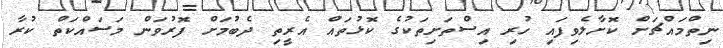
ނިތްމައްޗަށް ކޮށާލެވިފައި ހުރި އިސްތަށިތަކުގެ ކޮޅުތައް އެރީތި ދެބުމަށް ފޮރުވަން މަސައްކަތް ކުރާ